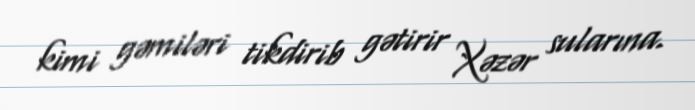
kimi gəmiləri tikdirib gətirir Xəzər sularına.